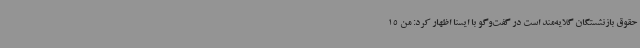
حقوق بازنشستگان گلایه‌مند است در گفت‌وگو با ایسنا اظهار کرد: من 15